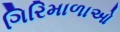
ગિરિમાળાઓ